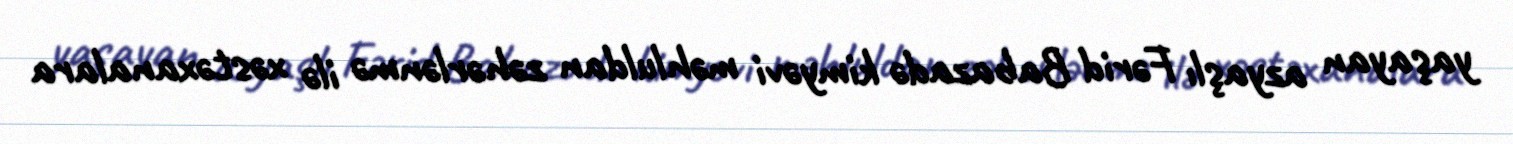
yaşayan azyaşlı Fərid Babazadə kimyəvi məhluldan zəhərlənmə ilə xəstəxanalara